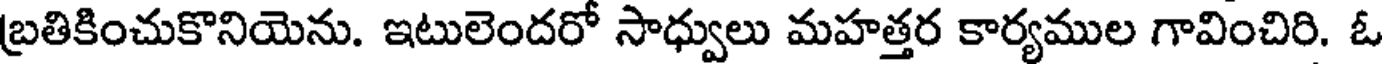
బ్రతికించుకొనియెను. ఇటులెందరో సాధ్వులు మహత్తర కార్యముల గావించిరి. ఓ